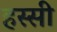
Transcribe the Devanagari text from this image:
हस्सी